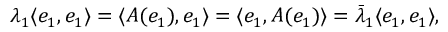
\lambda _ { 1 } \langle e _ { 1 } , e _ { 1 } \rangle = \langle A ( e _ { 1 } ) , e _ { 1 } \rangle = \langle e _ { 1 } , A ( e _ { 1 } ) \rangle = { \bar { \lambda } } _ { 1 } \langle e _ { 1 } , e _ { 1 } \rangle ,